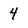
Character: 4